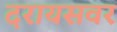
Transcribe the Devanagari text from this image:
दरायसवर